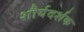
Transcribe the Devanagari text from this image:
शौर्यदर्शक